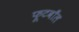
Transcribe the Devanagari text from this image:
फूटवाँल